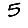
Digit: 5